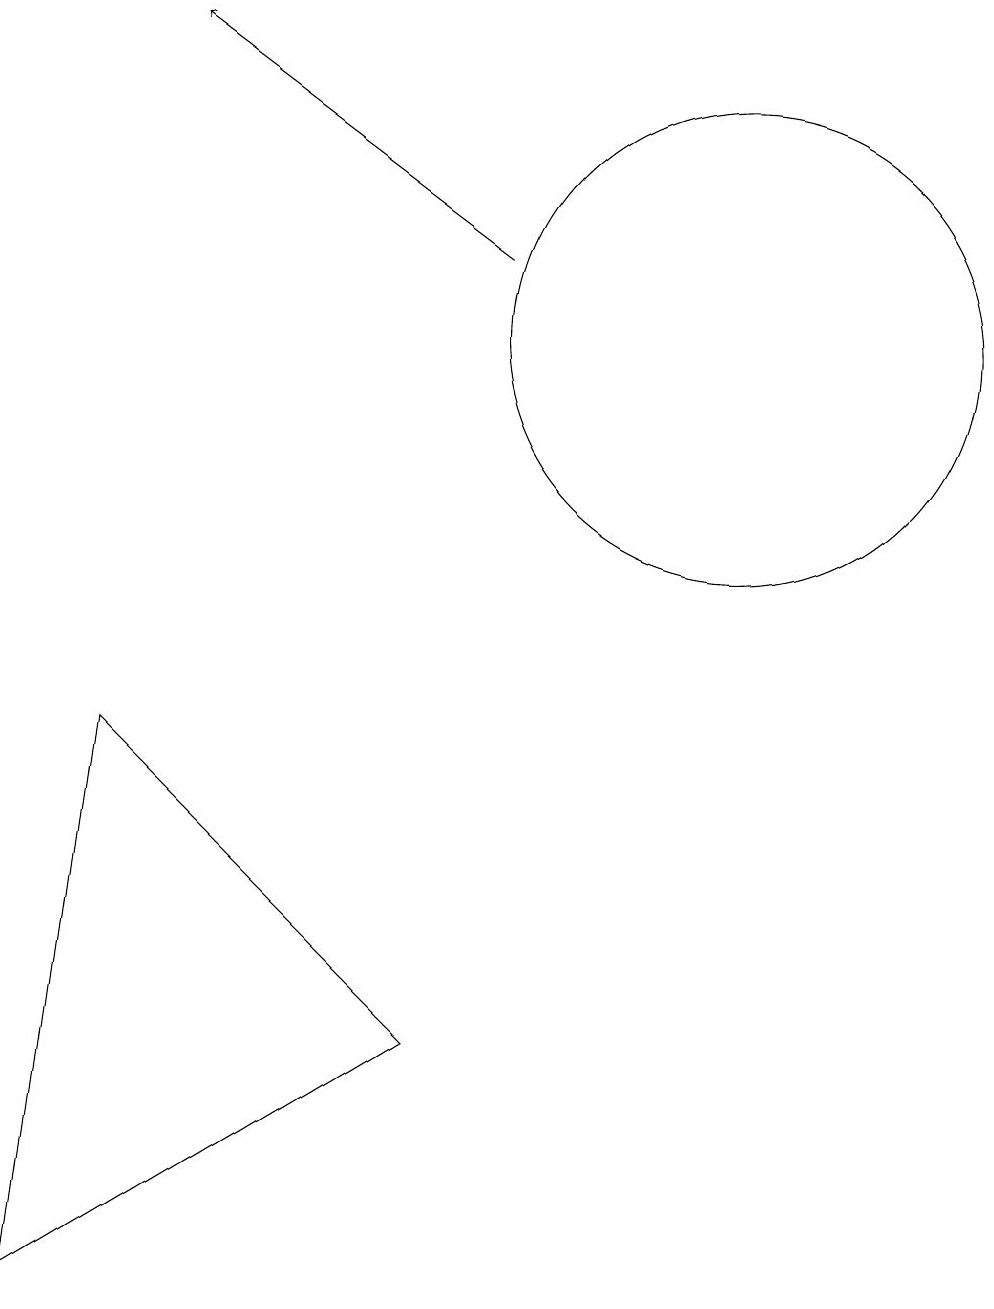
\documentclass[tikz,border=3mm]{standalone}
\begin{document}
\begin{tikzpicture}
\draw (10,12) circle (3);
\draw (6,3) -- (2,7) -- (1,0) -- cycle;
\draw[->] (7,13) -- (3,16);
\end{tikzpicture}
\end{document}